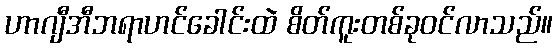
ဟာဂျီအီဘရာဟင်ခေါင်းထဲ စိတ်ကူးတစ်ခုဝင်လာသည်။